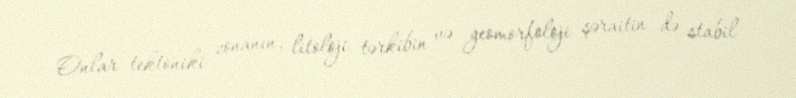
Onlar tektoniki zonanın, litoloji tərkibin və geomorfoloji şəraitin də stabil